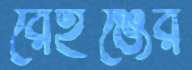
রেইঞ্জের